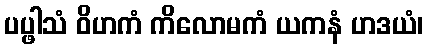
ပပ္ဖါသံ ဝိဟကံ ကိလောမကံ ယကနံ ဟဒယံ၊